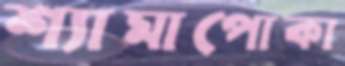
শ্যামাপোকা